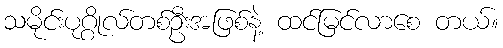
သမိုင်းပုဂ္ဂိုလ်တစ်ဦးအဖြစ်နဲ့ ထင်မြင်လာစေ တယ်။